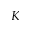
K